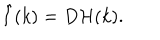
\hat { I } ( k ) = D { \cal H } ( k ) .